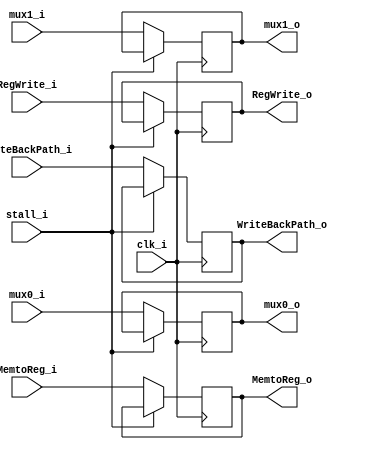
module MEMWB
(
	clk_i,
	mux0_i, mux1_i,
	mux0_o, mux1_o,
	RegWrite_i, MemtoReg_i,
	RegWrite_o, MemtoReg_o,
	WriteBackPath_i, WriteBackPath_o,
	stall_i
);

input				clk_i;
input		[31:0]	mux0_i, mux1_i;
output	reg	[31:0]	mux0_o = 32'b0, mux1_o = 32'b0;

// Control signal
input			RegWrite_i, MemtoReg_i, stall_i;
output	reg		RegWrite_o = 1'b0, MemtoReg_o = 1'b0;

// Write path
input		[4:0]	WriteBackPath_i;
output 	reg	[4:0]	WriteBackPath_o = 5'b0;

always@(posedge clk_i) begin
    if(~stall_i) begin
        mux0_o <= mux0_i;
        mux1_o <= mux1_i;
        // Control signal
        RegWrite_o <= RegWrite_i;
        MemtoReg_o <= MemtoReg_i;
        // Writeback path
        WriteBackPath_o <= WriteBackPath_i;
    end
end

endmodule